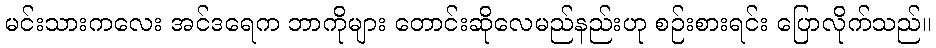
မင်းသားကလေး အင်ဒရေက ဘာကိုများ တောင်းဆိုလေမည်နည်းဟု စဉ်းစားရင်း ပြောလိုက်သည်။